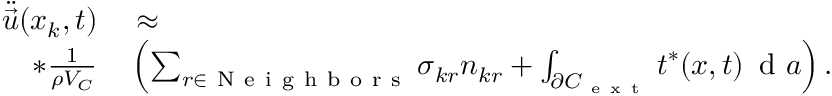
\begin{array} { r l } { \ddot { \vec { u } } ( \boldsymbol { x } _ { k } , t ) } & { { } \approx } \\ { * \frac { 1 } { \rho { V _ { C } } } } & { { } \left( \sum _ { r \in \mathrm { ~ N ~ e ~ i ~ g ~ h ~ b ~ o ~ r ~ s ~ } } \boldsymbol { \sigma } _ { k r } \boldsymbol { n } _ { k r } + \int _ { \partial { C } _ { \mathrm { ~ e ~ x ~ t ~ } } } \boldsymbol { t } ^ { * } ( \boldsymbol { x } , t ) \, \mathrm { ~ d ~ } a \right) . } \end{array}